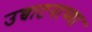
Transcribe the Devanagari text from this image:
उच्चाटनाच्या